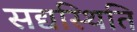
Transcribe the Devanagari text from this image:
सद्यस्थिति